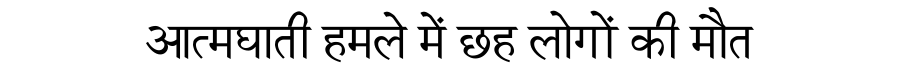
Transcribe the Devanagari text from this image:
आत्मघाती हमले में छह लोगों की मौत